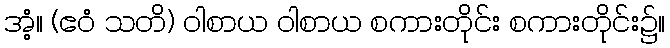
အံ့။ (ဧဝံ သတိ) ဝါစာယ ဝါစာယ စကားတိုင်း စကားတိုင်း၌။